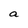
Character: a